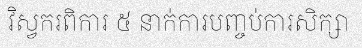
វិស្វករពិការ ៥ នាក់ការបញ្ចប់ការសិក្សា